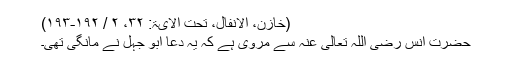
(خازن، الانفال، تحت الآیۃ: ۳۲، ۲ / ۱۹۲-۱۹۳)
حضرت انس رَضِیَ اللہُ تَعَالٰی عَنْہُ سے مروی ہے کہ یہ دعا ابو جہل نے مانگی تھی۔